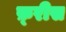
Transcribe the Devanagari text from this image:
फ़्रीस